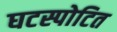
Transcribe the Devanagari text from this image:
घटस्पोटित